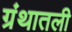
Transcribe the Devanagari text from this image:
ग्रंथातली